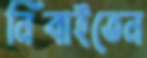
নিবাইতেন